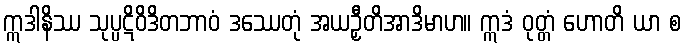
ဣဒါနိဿ သုပ္ပဋိဝိဒိတဘာဝံ ဒဿေတုံ အယဉှီတိအာဒိမာဟ။ ဣဒံ ဝုတ္တံ ဟောတိ ယာ စ